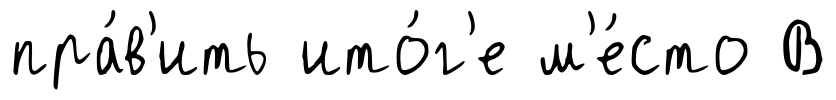
пра́в'ить ито́г'е м'е́сто В